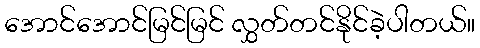
အောင်အောင်မြင်မြင် လွှတ်တင်နိုင်ခဲ့ပါတယ်။